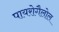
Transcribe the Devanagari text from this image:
पायरोगैलोल